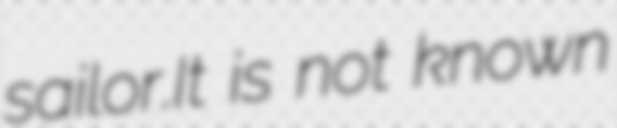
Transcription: sailor.It is not known